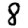
Digit: 8